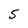
Character: 5